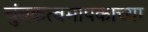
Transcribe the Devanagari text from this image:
चुंबकत्वमापकाच्या